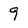
Character: 9